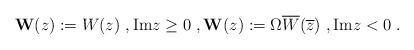
LaTeX: \begin{align*}\mathbf{W}(z):= W(z) \ , \mathrm{Im} z\geq 0 \ ,\mathbf{W}(z):=\Omega \overline{W}(\overline{z})\ , \mathrm{Im} z<0 \ .\end{align*}